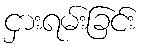
ငှားရမ်းခြင်း